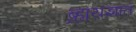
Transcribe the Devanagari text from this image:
ब्र्ह्मयज्ञात